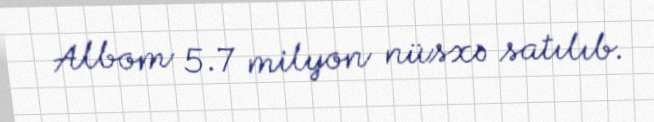
Albom 5.7 milyon nüsxə satılıb.